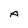
Character: A